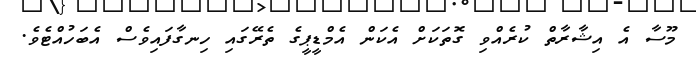
މޫސާ އެ އިޝާރާތް ކުރެއްވި ގޮތަކަށް އެކަން އެމްޑީޕީގެ ތެރޭގައި ހިނގާފައިވެސް އެބަހުއްޓެވެ.